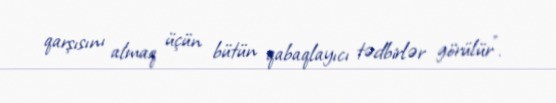
qarşısını almaq üçün bütün qabaqlayıcı tədbirlər görülür”.